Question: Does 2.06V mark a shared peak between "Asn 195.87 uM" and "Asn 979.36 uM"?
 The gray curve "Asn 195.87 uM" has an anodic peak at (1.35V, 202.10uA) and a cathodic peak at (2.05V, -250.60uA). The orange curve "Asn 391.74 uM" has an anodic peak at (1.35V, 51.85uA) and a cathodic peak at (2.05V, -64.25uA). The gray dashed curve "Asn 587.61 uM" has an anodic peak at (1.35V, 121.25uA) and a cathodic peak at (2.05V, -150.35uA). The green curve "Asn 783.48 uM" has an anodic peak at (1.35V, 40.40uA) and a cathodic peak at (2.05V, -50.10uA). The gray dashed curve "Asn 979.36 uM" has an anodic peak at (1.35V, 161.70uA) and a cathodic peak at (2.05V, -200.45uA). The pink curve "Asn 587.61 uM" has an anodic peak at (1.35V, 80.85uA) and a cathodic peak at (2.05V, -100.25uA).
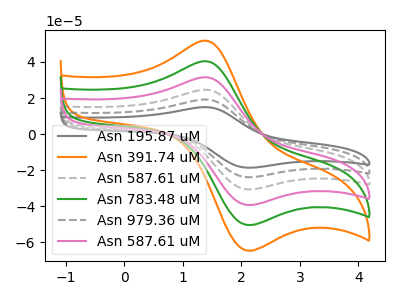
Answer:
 <answer>Yes, "Asn 195.87 uM" and "Asn 979.36 uM" share a peak at 2.06V.</answer>
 <eval>match</eval>